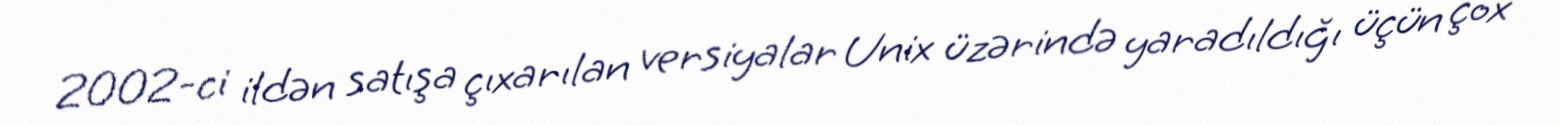
2002-ci ildən satışa çıxarılan versiyalar Unix üzərində yaradıldığı üçün çox